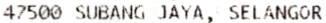
47500 SUBANG JAYA, SELANGOR